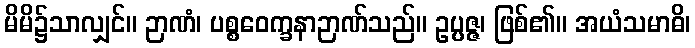
မိမိ၌သာလျှင်။ ဉာဏံ၊ ပစ္စဝေက္ခနာဉာဏ်သည်။ ဥပ္ပဇ္ဇ၊ ဖြစ်၏။ အယံသမာဓိ၊